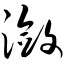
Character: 潋